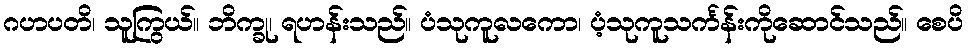
ဂဟပတိ၊ သူကြွယ်။ ဘိက္ခု၊ ရဟန်းသည်။ ပံသုကူလကော၊ ပံ့သုကူသင်္ကန်းကိုဆောင်သည်။ စေပိ